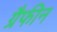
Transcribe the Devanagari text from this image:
ग्रैफीन